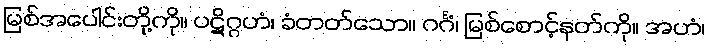
မြစ်အပေါင်းတို့ကို။ ပဋိဂ္ဂဟံ၊ ခံတတ်သော။ ဂင်္ဂံ၊ မြစ်စောင့်နတ်ကို။ အဟံ၊